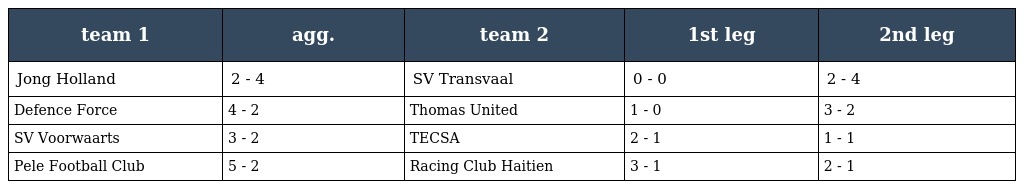
| team 1 | agg. | team 2 | 1st leg | 2nd leg |
 | --- | --- | --- | --- | --- |
 | Jong Holland | 2 - 4 | SV Transvaal | 0 - 0 | 2 - 4 |
 | Defence Force | 4 - 2 | Thomas United | 1 - 0 | 3 - 2 |
 | SV Voorwaarts | 3 - 2 | TECSA | 2 - 1 | 1 - 1 |
 | Pele Football Club | 5 - 2 | Racing Club Haitien | 3 - 1 | 2 - 1 |